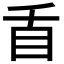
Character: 𭾜